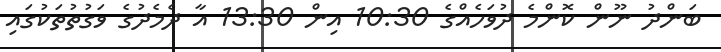
ބަންދު ނޫން ކޮންމެ ދުވަހެއްގެ 10:30 އިން 13:30 އާ ދެމެދުގެ ވަގުތުތަކުގައި